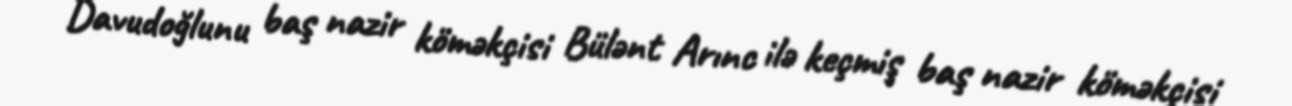
Davudoğlunu baş nazir köməkçisi Bülənt Arınc ilə keçmiş baş nazir köməkçisi